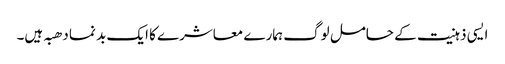
ایسی ذہنیت کے حامل لوگ ہمارے معاشرے کا ایک بد نما دھبہ ہیں۔